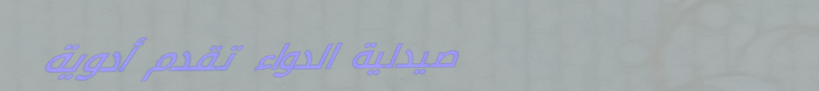
صيدلية الدواء تقدم أدوية